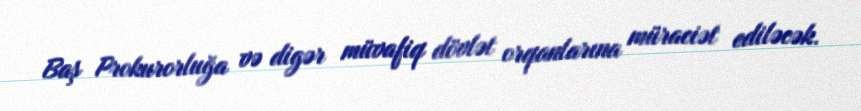
Baş Prokurorluğa və digər müvafiq dövlət orqanlarına müraciət ediləcək.